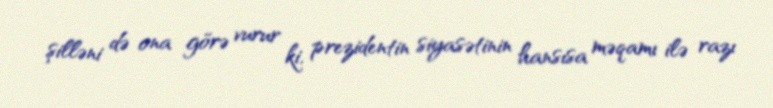
şilləni də ona görə vurur ki, prezidentin siyasətinin hansısa məqamı ilə razı